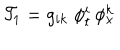
{ \cal T } _ { 1 } = g _ { i k } \; \phi _ { t } ^ { i } \, \phi _ { x } ^ { k }